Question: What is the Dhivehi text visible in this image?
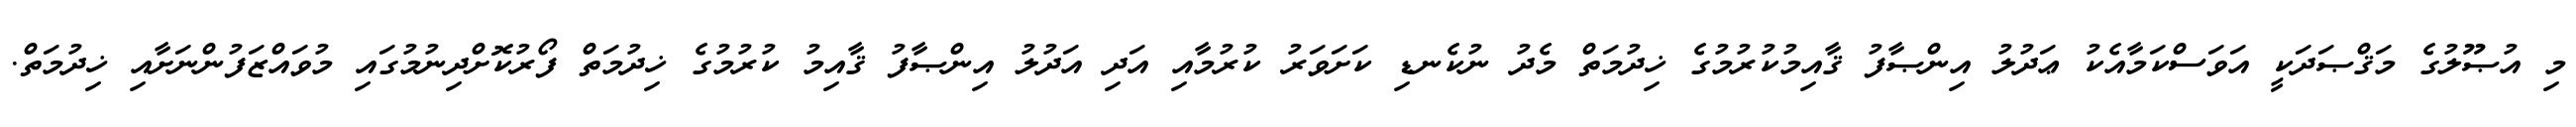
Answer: މި އުޞޫލުގެ މަޤްޞަދަކީ އަވަސްކަމާއެކު ޢަދުލު އިންޞާފު ޤާއިމުކުރުމުގެ ޚިދުމަތް މެދު ނުކެނޑި ކަށަވަރު ކުރުމާއި އަދި އަދުލު އިންޞާފު ޤާއިމު ކުރުމުގެ ޚިދުމަތް ފޯރުކޮށްދިނުމުގައި މުވައްޒަފުންނަށާއި ޚިދުމަތް.